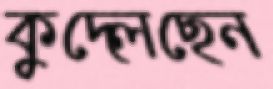
কুদ্‌লেছেন